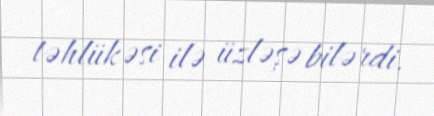
təhlükəsi ilə üzləşə bilərdi.